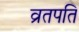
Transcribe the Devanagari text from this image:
व्रतपति